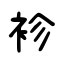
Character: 袗